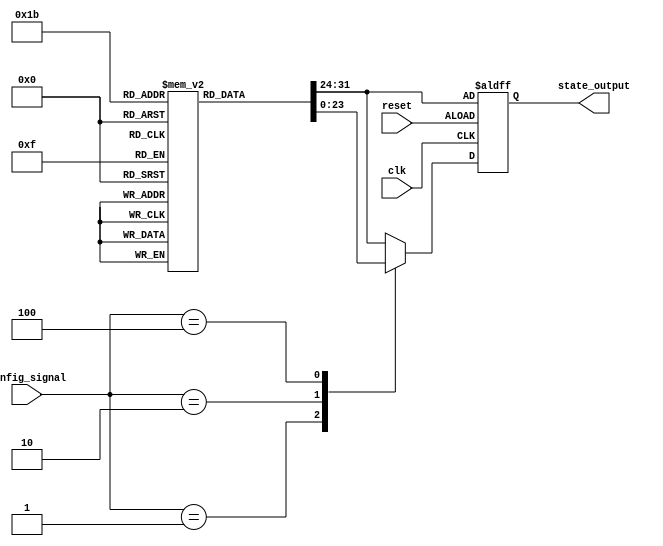
module ConfigurableInitialConditions #(
    parameter WIDTH = 8,                  // Width of the state outputs
    parameter NUM_CONDITIONS = 4          // Number of initial conditions
)(
    input wire [NUM_CONDITIONS-1:0] config_signal, // Configuration signal
    input wire reset,                               // Reset signal (active high)
    input wire clk,                                 // Clock signal
    output reg [WIDTH-1:0] state_output           // State outputs
);

// Define the various initial conditions
reg [WIDTH-1:0] initial_conditions [0:NUM_CONDITIONS-1];

initial begin
    // Set the initial conditions (example values)
    initial_conditions[0] = 8'h00; // Condition 0
    initial_conditions[1] = 8'hFF; // Condition 1
    initial_conditions[2] = 8'hAA; // Condition 2
    initial_conditions[3] = 8'h55; // Condition 3
    // You can add more conditions or modify these values as needed
end

// State register
always @(posedge clk or posedge reset) begin
    if (reset) begin
        // Default state logic
        state_output <= initial_conditions[0]; // Load default state on reset
    end else begin
        // Multiplexer logic to select initial condition based on config_signal
        case (config_signal)
            4'b0001: state_output <= initial_conditions[1]; // Condition 1
            4'b0010: state_output <= initial_conditions[2]; // Condition 2
            4'b0100: state_output <= initial_conditions[3]; // Condition 3
            default: state_output <= initial_conditions[0]; // Default to Condition 0
        endcase
    end
end

endmodule